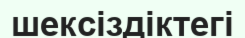
шексіздіктегі